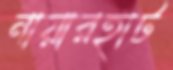
নায়ারহাট